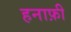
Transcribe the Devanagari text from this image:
हनाफ़ी